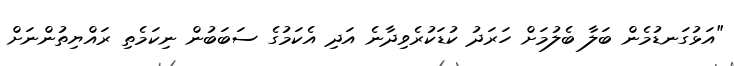
"އަޅުގަނޑުމެން ބަލާ ބެލުމަށް ހަރަދު ކުޑަކުރެވިދާނެ އަދި އެކަމުގެ ސަބަބުން ނިކަމެތި ރައްޔިތުންނަށް